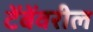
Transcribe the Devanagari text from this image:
टेंबेंवरील